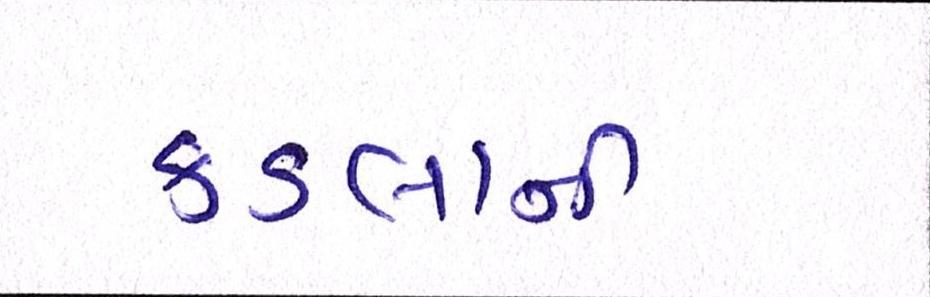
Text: કડલાની